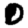
Digit: 0